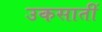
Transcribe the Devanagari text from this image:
उकसातीं